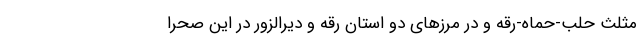
مثلث حلب-حماه-رقه و در مرز‌های دو استان رقه و دیرالزور در این صحرا